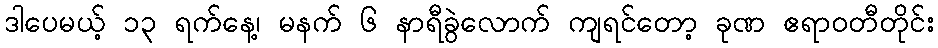
ဒါပေမယ့် ၁၃ ရက်နေ့၊ မနက် ၆ နာရီခွဲလောက် ကျရင်တော့ ခုဏ ဧရာဝတီတိုင်း